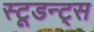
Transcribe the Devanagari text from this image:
स्टूडन्ट्स